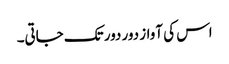
اس کی آواز دور دور تک جاتی۔